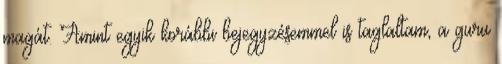
magát. Amint egyik korábbi bejegyzésemmel is taglaltam, a guru